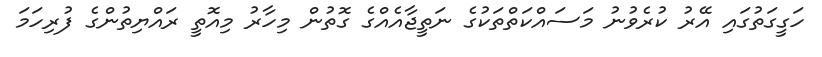
ހަގީގަތުގައި އޭރު ކުރެވުނު މަސައްކަތްތަކުގެ ނަތީޖާއެއްގެ ގޮތުން މިހާރު މިއޮތީ ރައްޔިތުންގެ ފުރިހަމަ